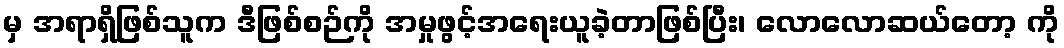
မှ အရာရှိဖြစ်သူက ဒီဖြစ်စဉ်ကို အမှုဖွင့်အရေးယူခဲ့တာဖြစ်ပြီး၊ လောလောဆယ်တော့ ကို